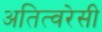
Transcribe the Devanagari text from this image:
अतित्वरेसी